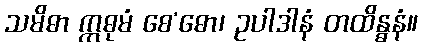
သမိဓာ ဣဓုမံ စေ’ဓော၊ ဥပါဒါနံ တထိန္ဓနံ။